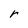
Character: r